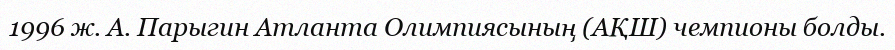
1996 ж. А. Парыгин Атланта Олимпиясының (АҚШ) чемпионы болды.